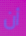
أن